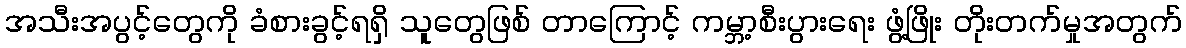
အသီးအပွင့်တွေကို ခံစားခွင့်ရရှိ သူတွေဖြစ် တာကြောင့် ကမ္ဘာ့စီးပွားရေး ဖွံ့ဖြိုး တိုးတက်မှုအတွက်